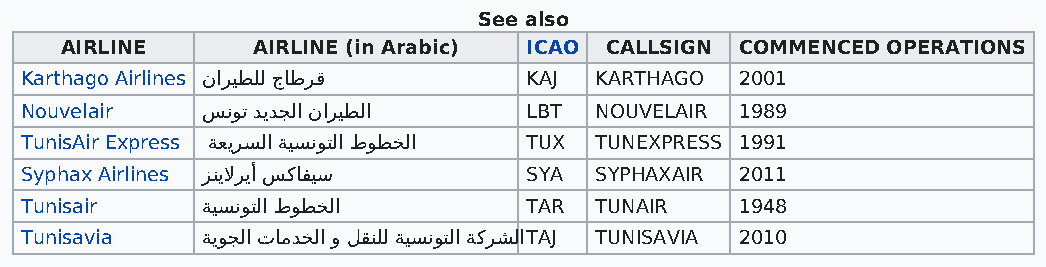
See also
 AIRLINE      AIRLINE (in Arabic) ICAO CALLSIGN COMMENCED OPERATIONS
 Karthago Airlines ناﺮﻴﻄﻠﻟ جﺎﻃﺮﻗ   KAJ KARTHAGO  2001
 Nouvelair   ﺲﻧﻮﺗ ﺪﻳﺪﺠﻟا ناﺮﻴﻄﻟا   LBT NOUVELAIR 1989
 TunisAir Express ﺔﻌﻳﺮﺴﻟا ﺔﻴﺴﻧﻮﺘﻟا طﻮﻄﺨﻟا TUX TUNEXPRESS 1991
 Syphax Airlines ﺰﻨﻳﻻﺮﻳأ ﺲﻛﺎﻔﻴﺳ    SYA SYPHAXAIR 2011
 Tunisair    ﺔﻴﺴﻧﻮﺘﻟا طﻮﻄﺨﻟا       TAR TUNAIR    1948
 Tunisavia   ﺔﻳﻮﺠﻟا تﺎﻣﺪﺨﻟا و ﻞﻘﻨﻠﻟ ﺔﻴﺴﻧﻮﺘﻟا ﺔﻛﺮﺸﻟاTAJ TUNISAVIA 2010